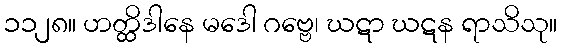
၁၁၂၈။ ဟတ္ထိဒါနေ မဒေါ ဂဗ္ဗေ၊ ဃဋာ ဃဋန ရာသိသု။